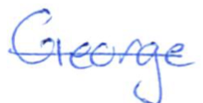
Text: George
Cross-out: single-line
Writing tool: ballpoint